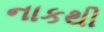
નાકથી